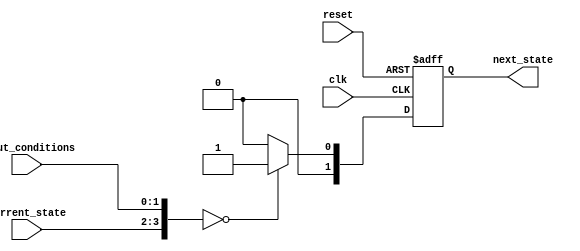
module FSM (
    input wire clk,
    input wire reset,
    input wire [1:0] current_state,
    input wire [1:0] input_conditions,
    output wire [1:0] next_state
);

reg [1:0] next_state;

always @(posedge clk or posedge reset) begin
    if (reset) begin
        next_state <= 2'b00; // Initial state
    end else begin
        case ({current_state, input_conditions})
            2'b00_00: next_state <= 2'b01; // Define transition rules for each cell in the grid
            2'b00_01: next_state <= 2'b00;
            2'b01_00: next_state <= 2'b10;
            2'b01_01: next_state <= 2'b11;
            // Add more transition rules as needed
            default: next_state <= 2'b00; // Default state transition
        endcase
    end
end

endmodule